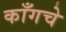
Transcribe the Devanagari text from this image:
काँगचे